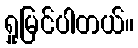
ရှုမြင်ပါတယ်။